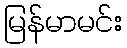
မြန်မာမင်း